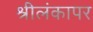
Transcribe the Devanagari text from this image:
श्रीलंकापर